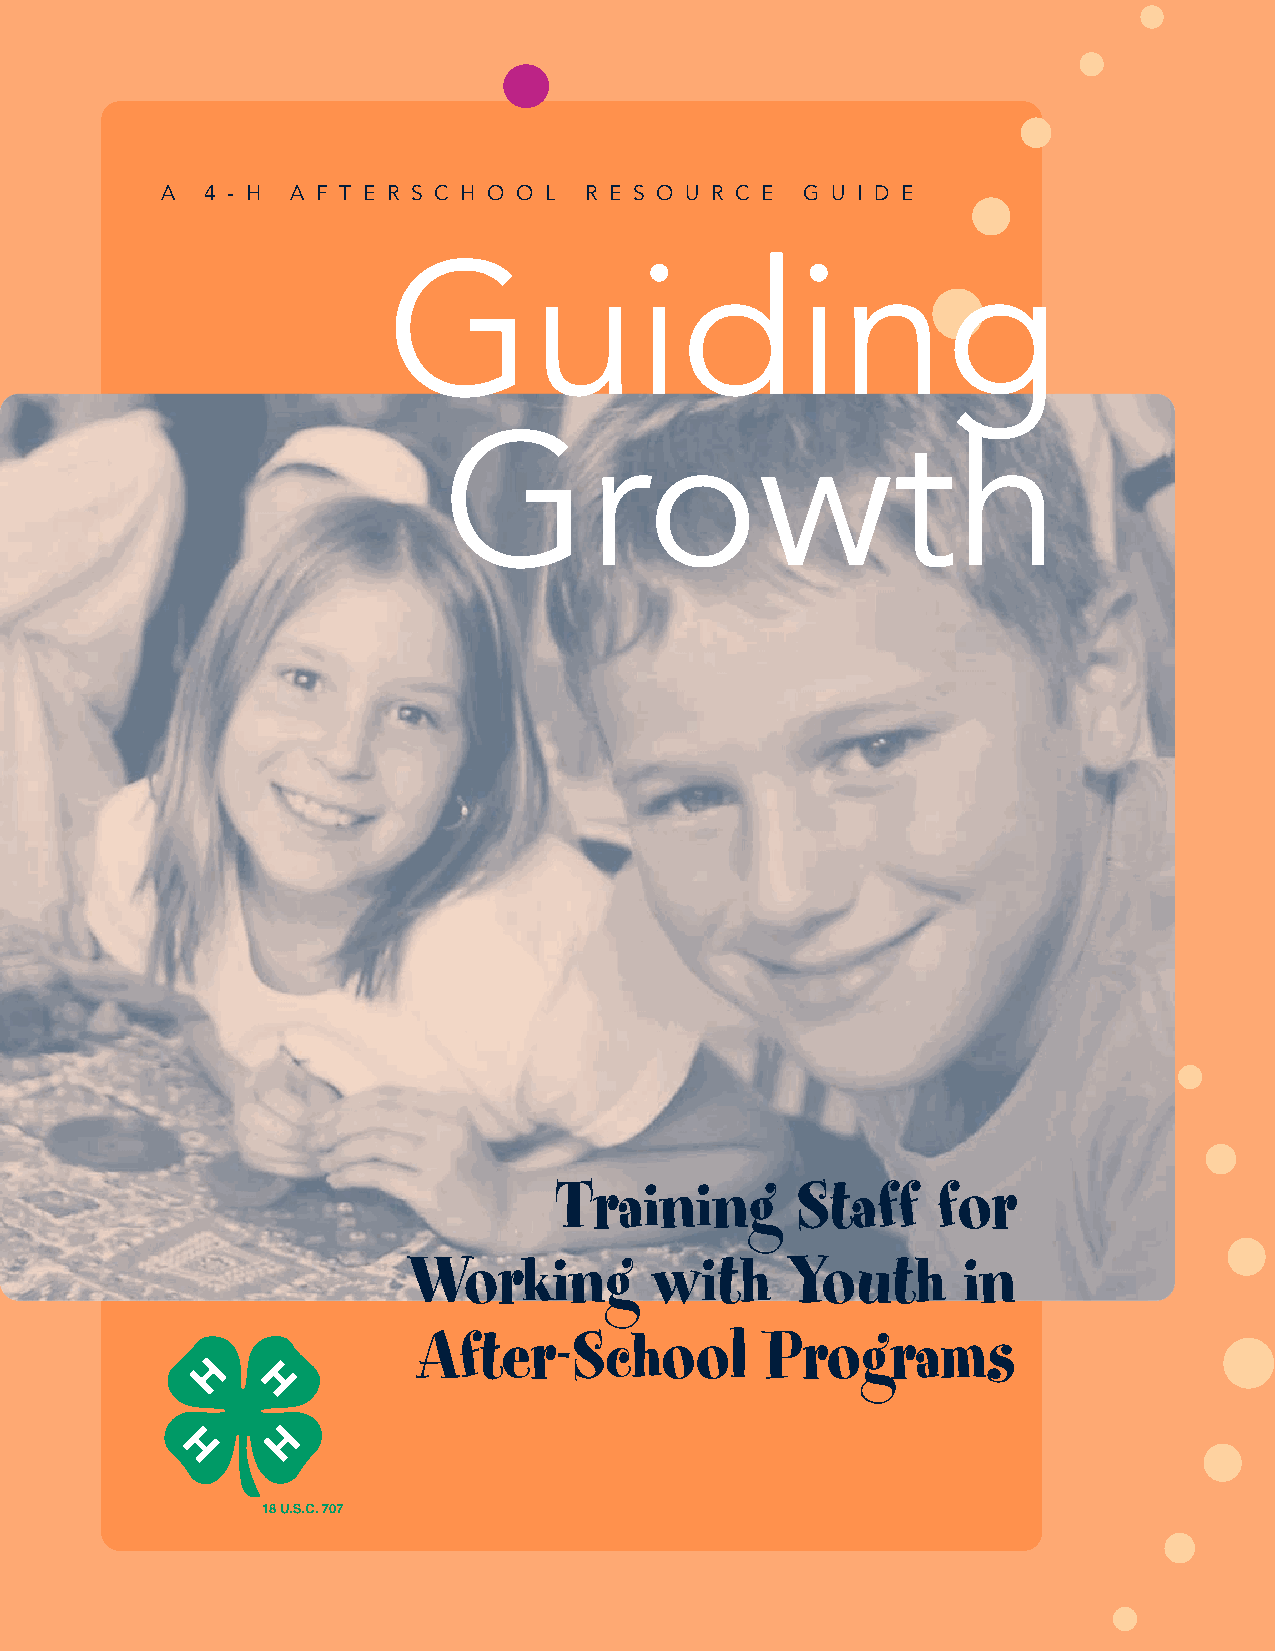
A  4 - H A F T E R S C H O O L R E S O U R C E G U I D E
 Guiding
 Growth
 Training        Staff    for
 Working         with     Youth       in
 After-School           Programs